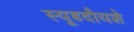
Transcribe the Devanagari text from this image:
स्यूडदौयशे